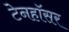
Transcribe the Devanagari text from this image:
टेनहॉसर